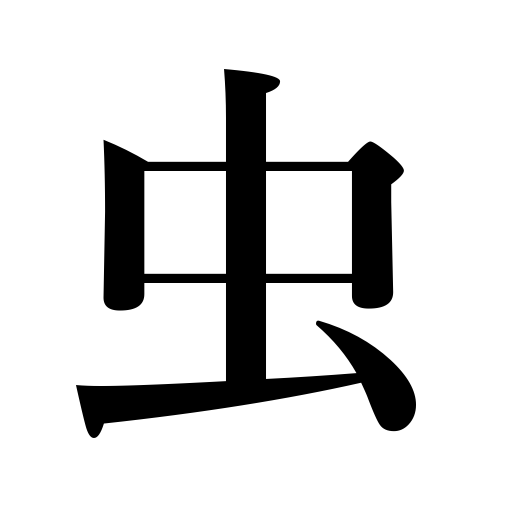
Meanings: worm,nervousness,bad company,temper,vermin,insect,bug,peevishness